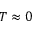
T \approx 0